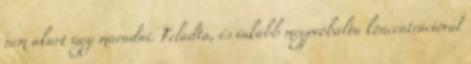
nem akart úgy maradni. Feladta, és inkább megpróbálta koncentrációval